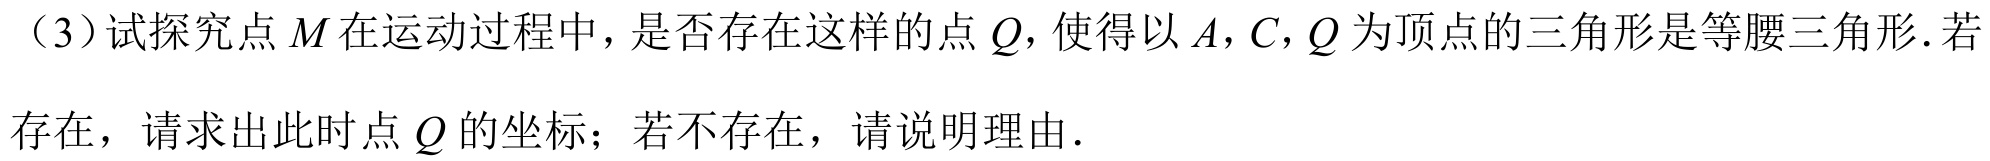
（3）试探究点\(M\)在运动过程中，是否存在这样的点\(Q\)，使得以\(A,C,Q\)为顶点的三角形是等腰三角形.若
存在，请求出此时点\(Q\)的坐标；若不存在，请说明理由.